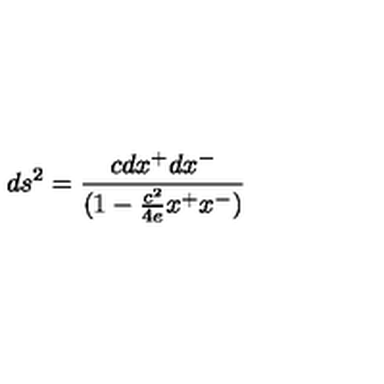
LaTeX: d s ^ { 2 } = { \frac { c d x ^ { + } d x ^ { - } } { ( 1 - { \frac { c ^ { 2 } } { 4 e } } x ^ { + } x ^ { - } ) } }